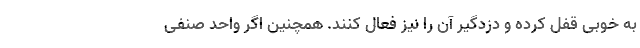
به خوبی قفل کرده و دزدگیر آن را نیز فعال کنند. همچنین اگر واحد صنفی